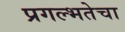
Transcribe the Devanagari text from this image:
प्रगल्‍भतेचा